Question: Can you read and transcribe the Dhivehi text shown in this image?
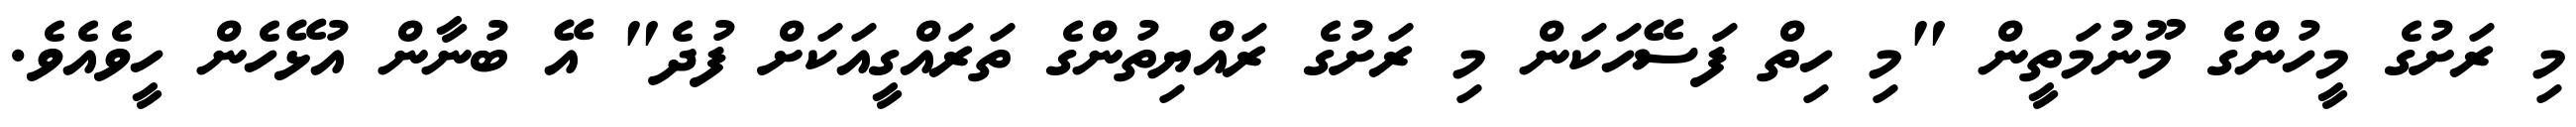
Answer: މި ރަށުގެ މީހުންގެ މޫނުމަތީން "މި ހިތް ފަސޭހަކަން މި ރަށުގެ ރައްޔިތުންގެ ތަރައްގީއަކަށް ފުދެ" އޭ ބުނާން އުޅޭހެން ހީވެއެވެ.